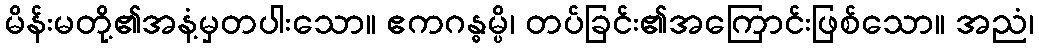
မိန်းမတို့၏အနံ့မှတပါးသော။ ဧကဂန္ဓမ္ပိ၊ တပ်ခြင်း၏အကြောင်းဖြစ်သော။ အညံ၊